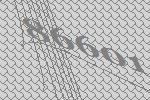
86601